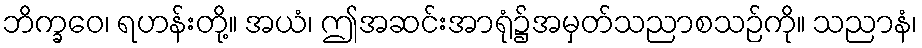
ဘိက္ခဝေ၊ ရဟန်းတို့။ အယံ၊ ဤအဆင်းအာရုံ၌အမှတ်သညာစသဉ်ကို။ သညာနံ၊